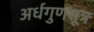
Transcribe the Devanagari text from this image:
अर्धगुणसूत्र